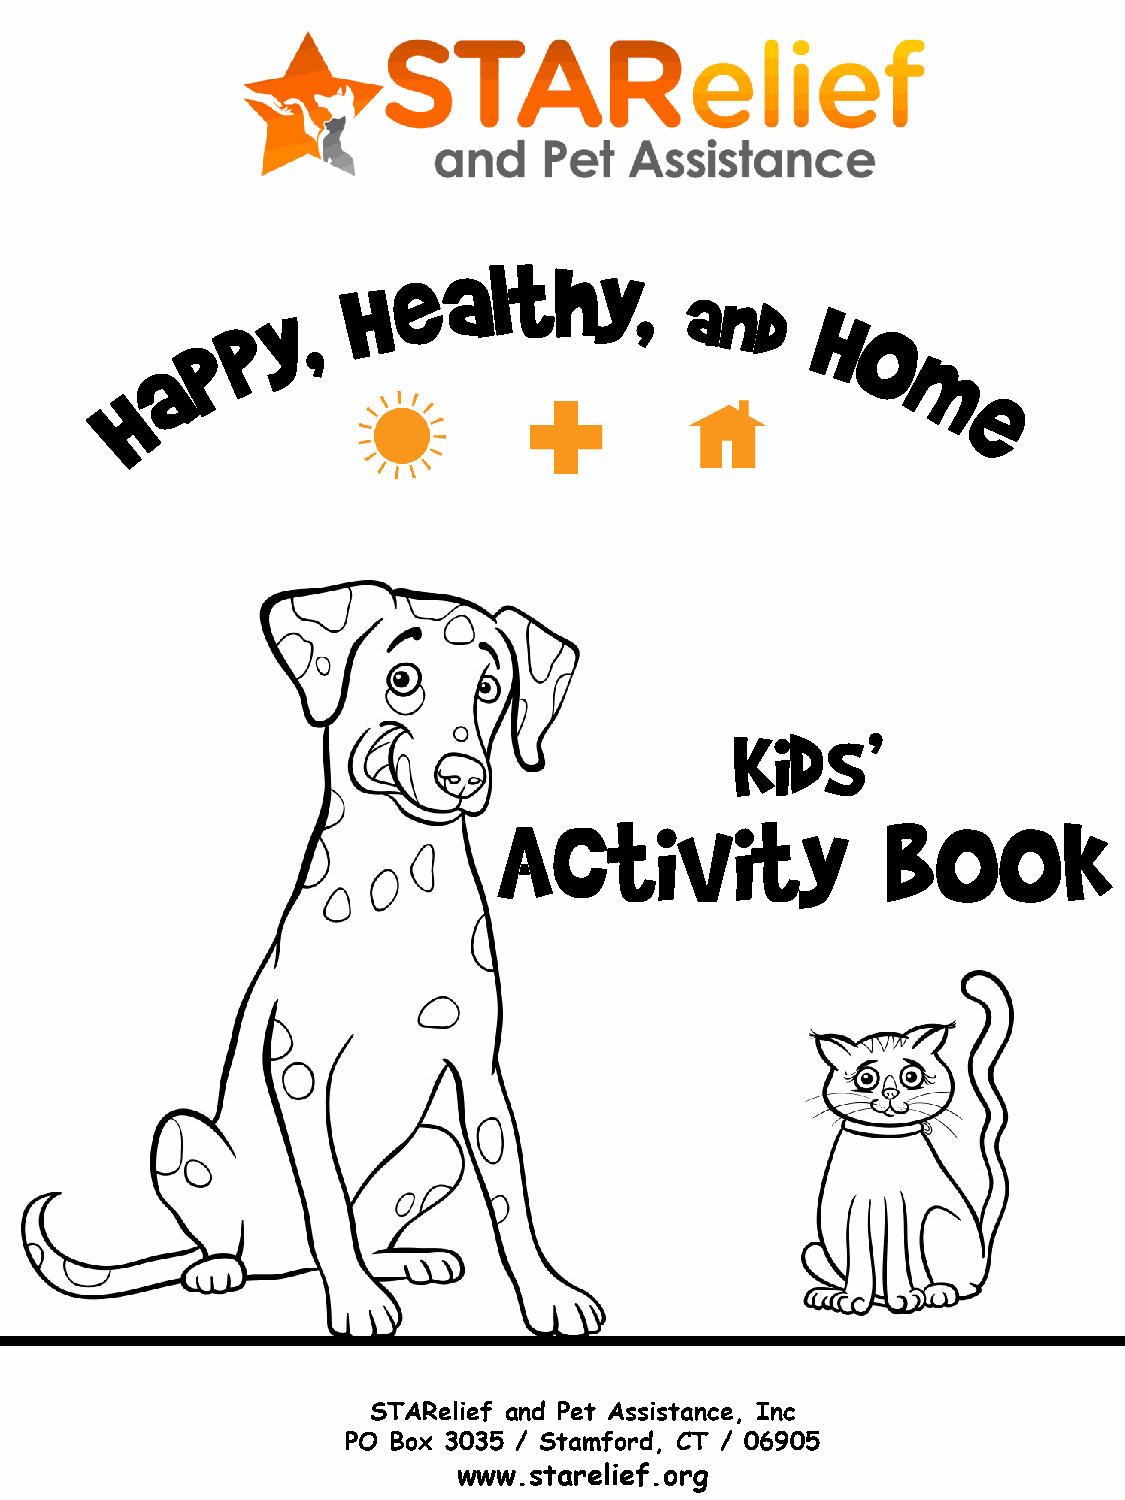
Kids’
 Activity                  book
 STARelief and Pet Assistance, Inc
 PO Box 3035 / Stamford, CT / 06905
 www.starelief.org